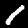
Label: 1